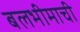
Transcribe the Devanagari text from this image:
बलभीमाची